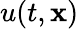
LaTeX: u(t,\mathbf{x})